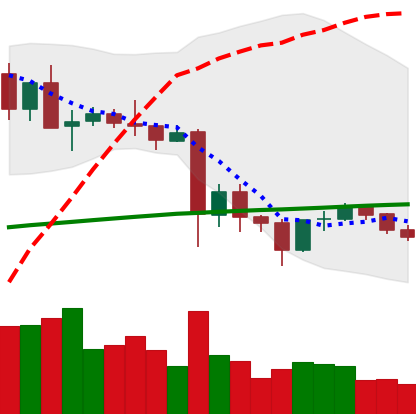
Ticker: TRX-USD
Chart end date: 2021-05-29
Forward return: 19.389%
Label: up_7plus